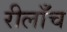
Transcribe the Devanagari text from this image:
रीलाँच